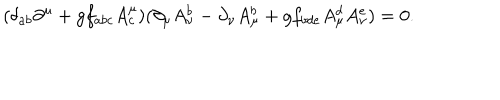
( \delta _ { a b } \partial ^ { \mu } + g f _ { a b c } A _ { c } ^ { \mu } ) ( \partial _ { \mu } A _ { \nu } ^ { b } - \partial _ { \nu } A _ { \mu } ^ { b } + g f _ { b d e } A _ { \mu } ^ { d } A _ { \nu } ^ { e } ) = 0 .